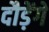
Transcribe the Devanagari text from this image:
दौड़ेंगे